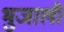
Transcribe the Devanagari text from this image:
भुजाली